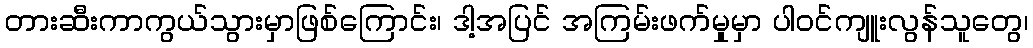
တားဆီးကာကွယ်သွားမှာဖြစ်ကြောင်း၊ ဒါ့အပြင် အကြမ်းဖက်မှုမှာ ပါဝင်ကျူးလွန်သူတွေ၊